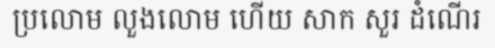
ប្រលោម លួងលោម ហើយ សាក សួរ ដំណើរ